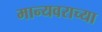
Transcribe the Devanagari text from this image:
मान्यवराच्या